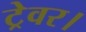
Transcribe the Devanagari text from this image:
ट्रेवर।